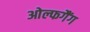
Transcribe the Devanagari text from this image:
ओल्फगैंग